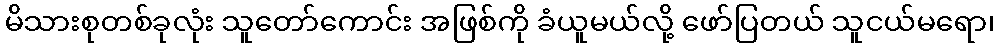
မိသားစုတစ်ခုလုံး သူတော်ကောင်း အဖြစ်ကို ခံယူမယ်လို့ ဖော်ပြတယ် သူငယ်မရော၊